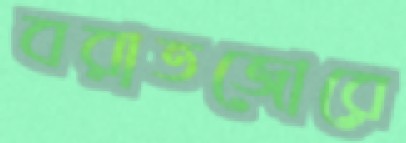
বরাতজোরে